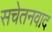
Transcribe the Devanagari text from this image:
सचेतनवाद